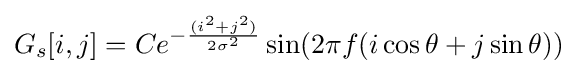
G_{s}[i,j]=Ce^{-{\frac {(i^{2}+j^{2})}{2\sigma ^{2}}}}\sin(2\pi f(i\cos \theta +j\sin \theta ))